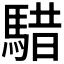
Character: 𩤈